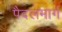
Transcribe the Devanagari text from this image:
पैदलमार्ग